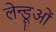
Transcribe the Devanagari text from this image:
लेन्डूओं